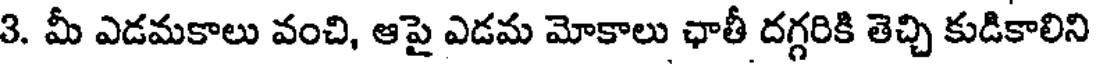
3. మీ ఎడమకాలు వంచి, ఆపై ఎడమ మోకాలు ఛాతీ దగ్గరికి తెచ్చి కుడికాలిని